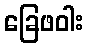
ခြေဖဝါး